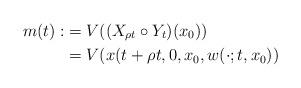
LaTeX: \begin{align*}m(t):&=V((X_{\rho t} \circ Y_{t} )(x_{0} ))\\&=V(x(t+\rho t,0,x_{0} ,w(\cdot;t,x_{0} ))\end{align*}